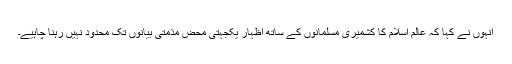
انہوں نے کہا کہ عالم اسلام کا کشمیری مسلمانوں کے ساتھ اظہار یکجہتی محض مذمتی بیانوں تک محدود نہیں رہنا چاہیے۔